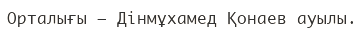
Орталығы – Дінмұхамед Қонаев ауылы.